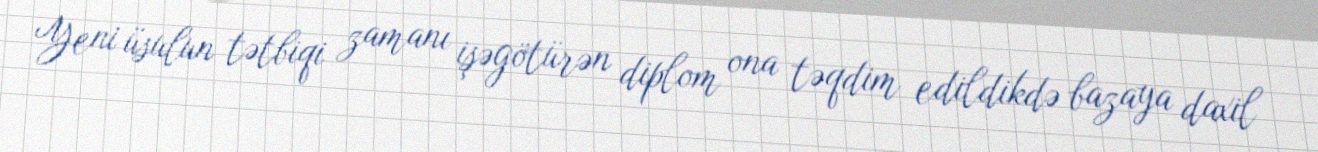
Yeni üsulun tətbiqi zamanı işəgötürən diplom ona təqdim edildikdə bazaya daxil